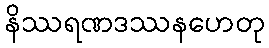
နိဿရဏဒဿနဟေတု